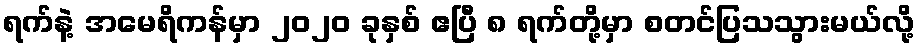
ရက်နဲ့ အမေရိကန်မှာ ၂၀၂၀ ခုနှစ် ဧပြီ ၈ ရက်တို့မှာ စတင်ပြသသွားမယ်လို့